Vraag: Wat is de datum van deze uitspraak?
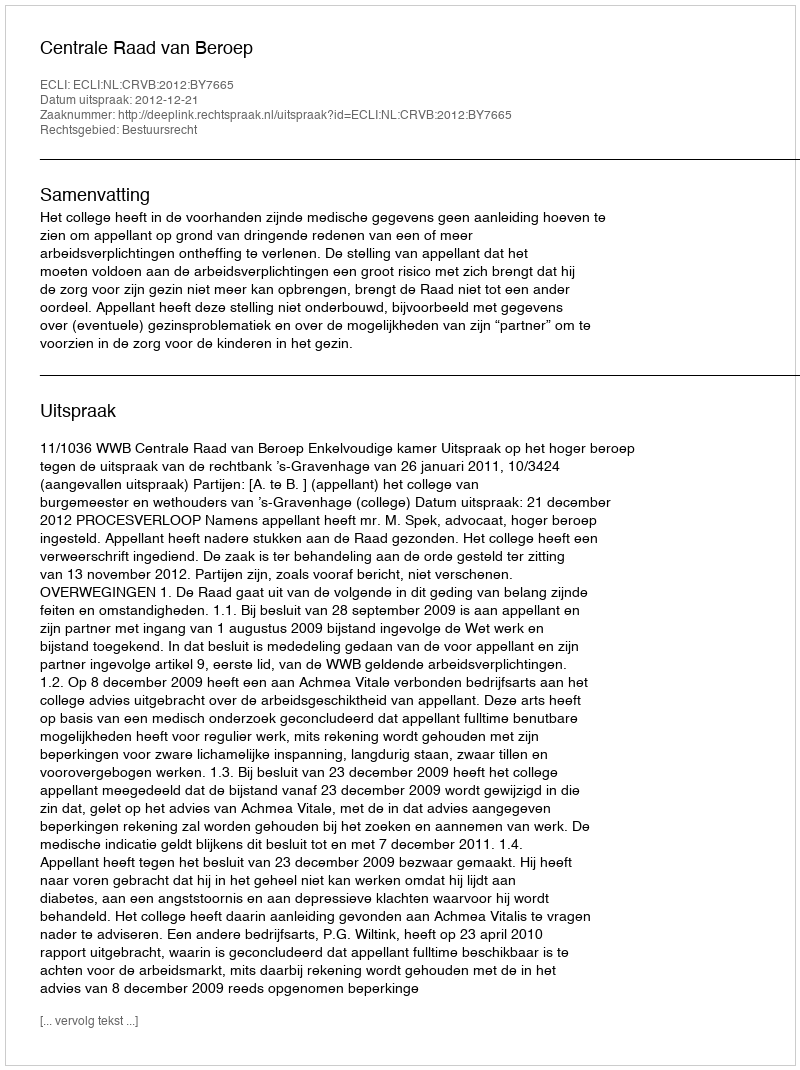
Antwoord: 2012-12-21